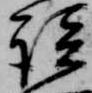
談